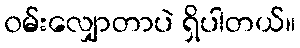
၀မ်းလျှောတာပဲ ရှိပါတယ်။